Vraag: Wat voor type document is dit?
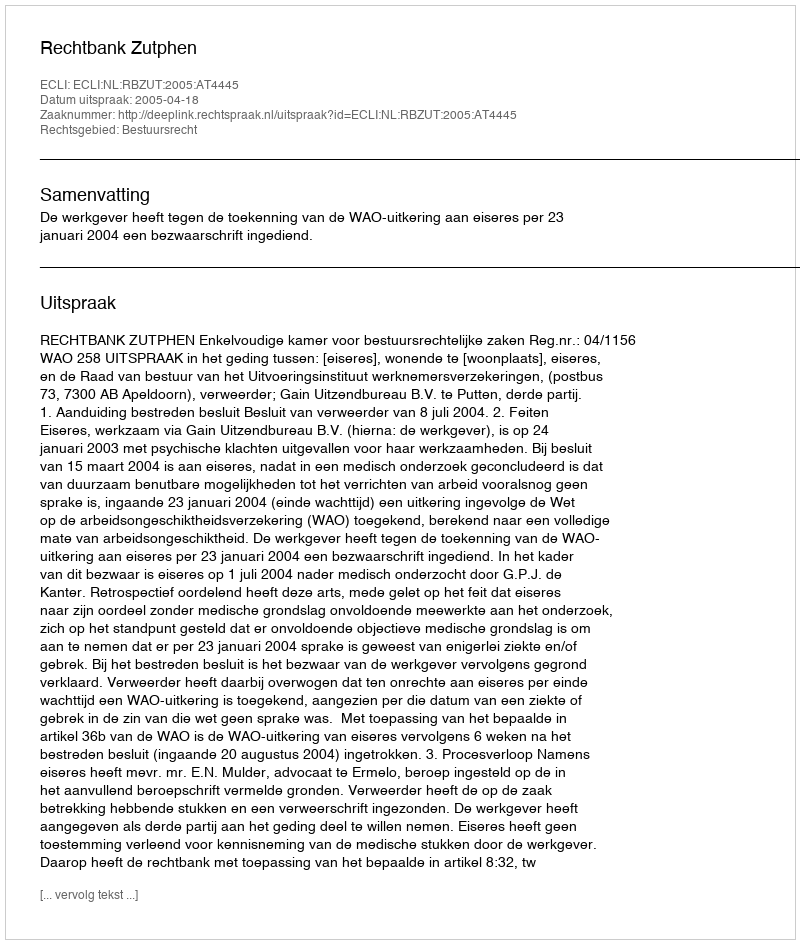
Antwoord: Uitspraak